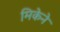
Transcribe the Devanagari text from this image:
मिकेने